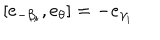
[ e _ { - \beta _ { i } } , e _ { \theta } ] = - e _ { \gamma _ { i } }